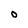
Character: O